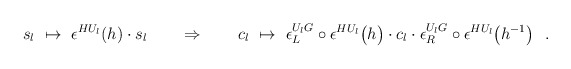
\begin{align*} s_l\ \mapsto\ \epsilon^{HU_l}(h)\cdot s_l \quad\quad\Rightarrow\quad\quad c_l\ \mapsto\ \epsilon_{L}^{U_lG}\circ\epsilon^{HU_l}\bigl(h\bigr)\cdot c_l\cdot\epsilon_{R}^{U_lG}\circ\epsilon^{HU_l}\bigl(h^{-1}\bigr)\ \ .\end{align*}